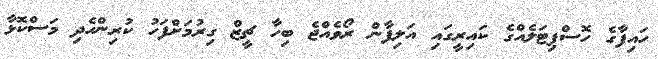
ހައިފާގެ ހޮސްޕިޓަލެއްގެ ކައިރީގައި އަލިފާން ރޯވެއްޖެ ބިހާ ޗީޒް ގިރުމަށްފަހު ކުރިންހެދި މަސްކޮޅާ